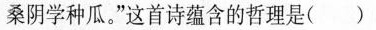
桑阴学种瓜。”这首诗蕴含的哲理是()